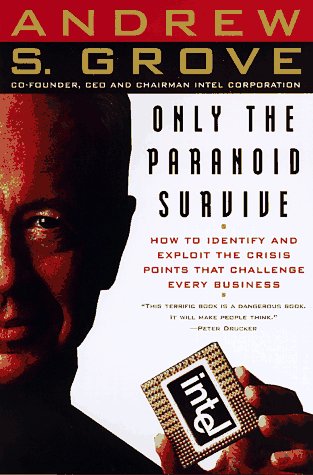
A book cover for Only the Paranoid Survive; Andrew S. Grove; Computers & Technology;